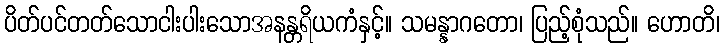
ပိတ်ပင်တတ်သောငါးပါးသောအနန္တရိယကံနှင့်။ သမန္နာဂတော၊ ပြည့်စုံသည်။ ဟောတိ၊